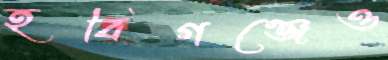
হবিগঞ্জেও